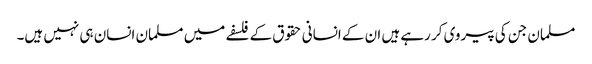
مسلمان جن کی پیروی کر رہے ہیں ان کے انسانی حقوق کے فلسفے میں مسلمان انسان ہی نہیں ہیں۔